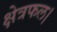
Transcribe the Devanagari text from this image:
क्षेत्रफल।